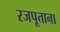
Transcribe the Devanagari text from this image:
रजपूताना